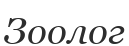
Зоолог